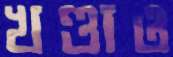
খণ্ডাও